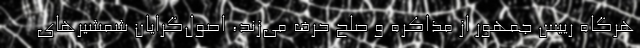
هرگاه رییس جمهور از مذاکره و صلح حرف می‌زند، اصول‌گرایان شمشیرهای